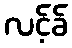
လင့်ခ်